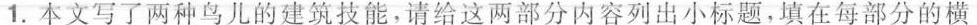
1.本文写了两种鸟儿的建筑技能，请给这两部分内容列出小标题，填在每部分的横